38_143685_box7_Incident_Summaries_1-100
Agency: Department of War
Page 69
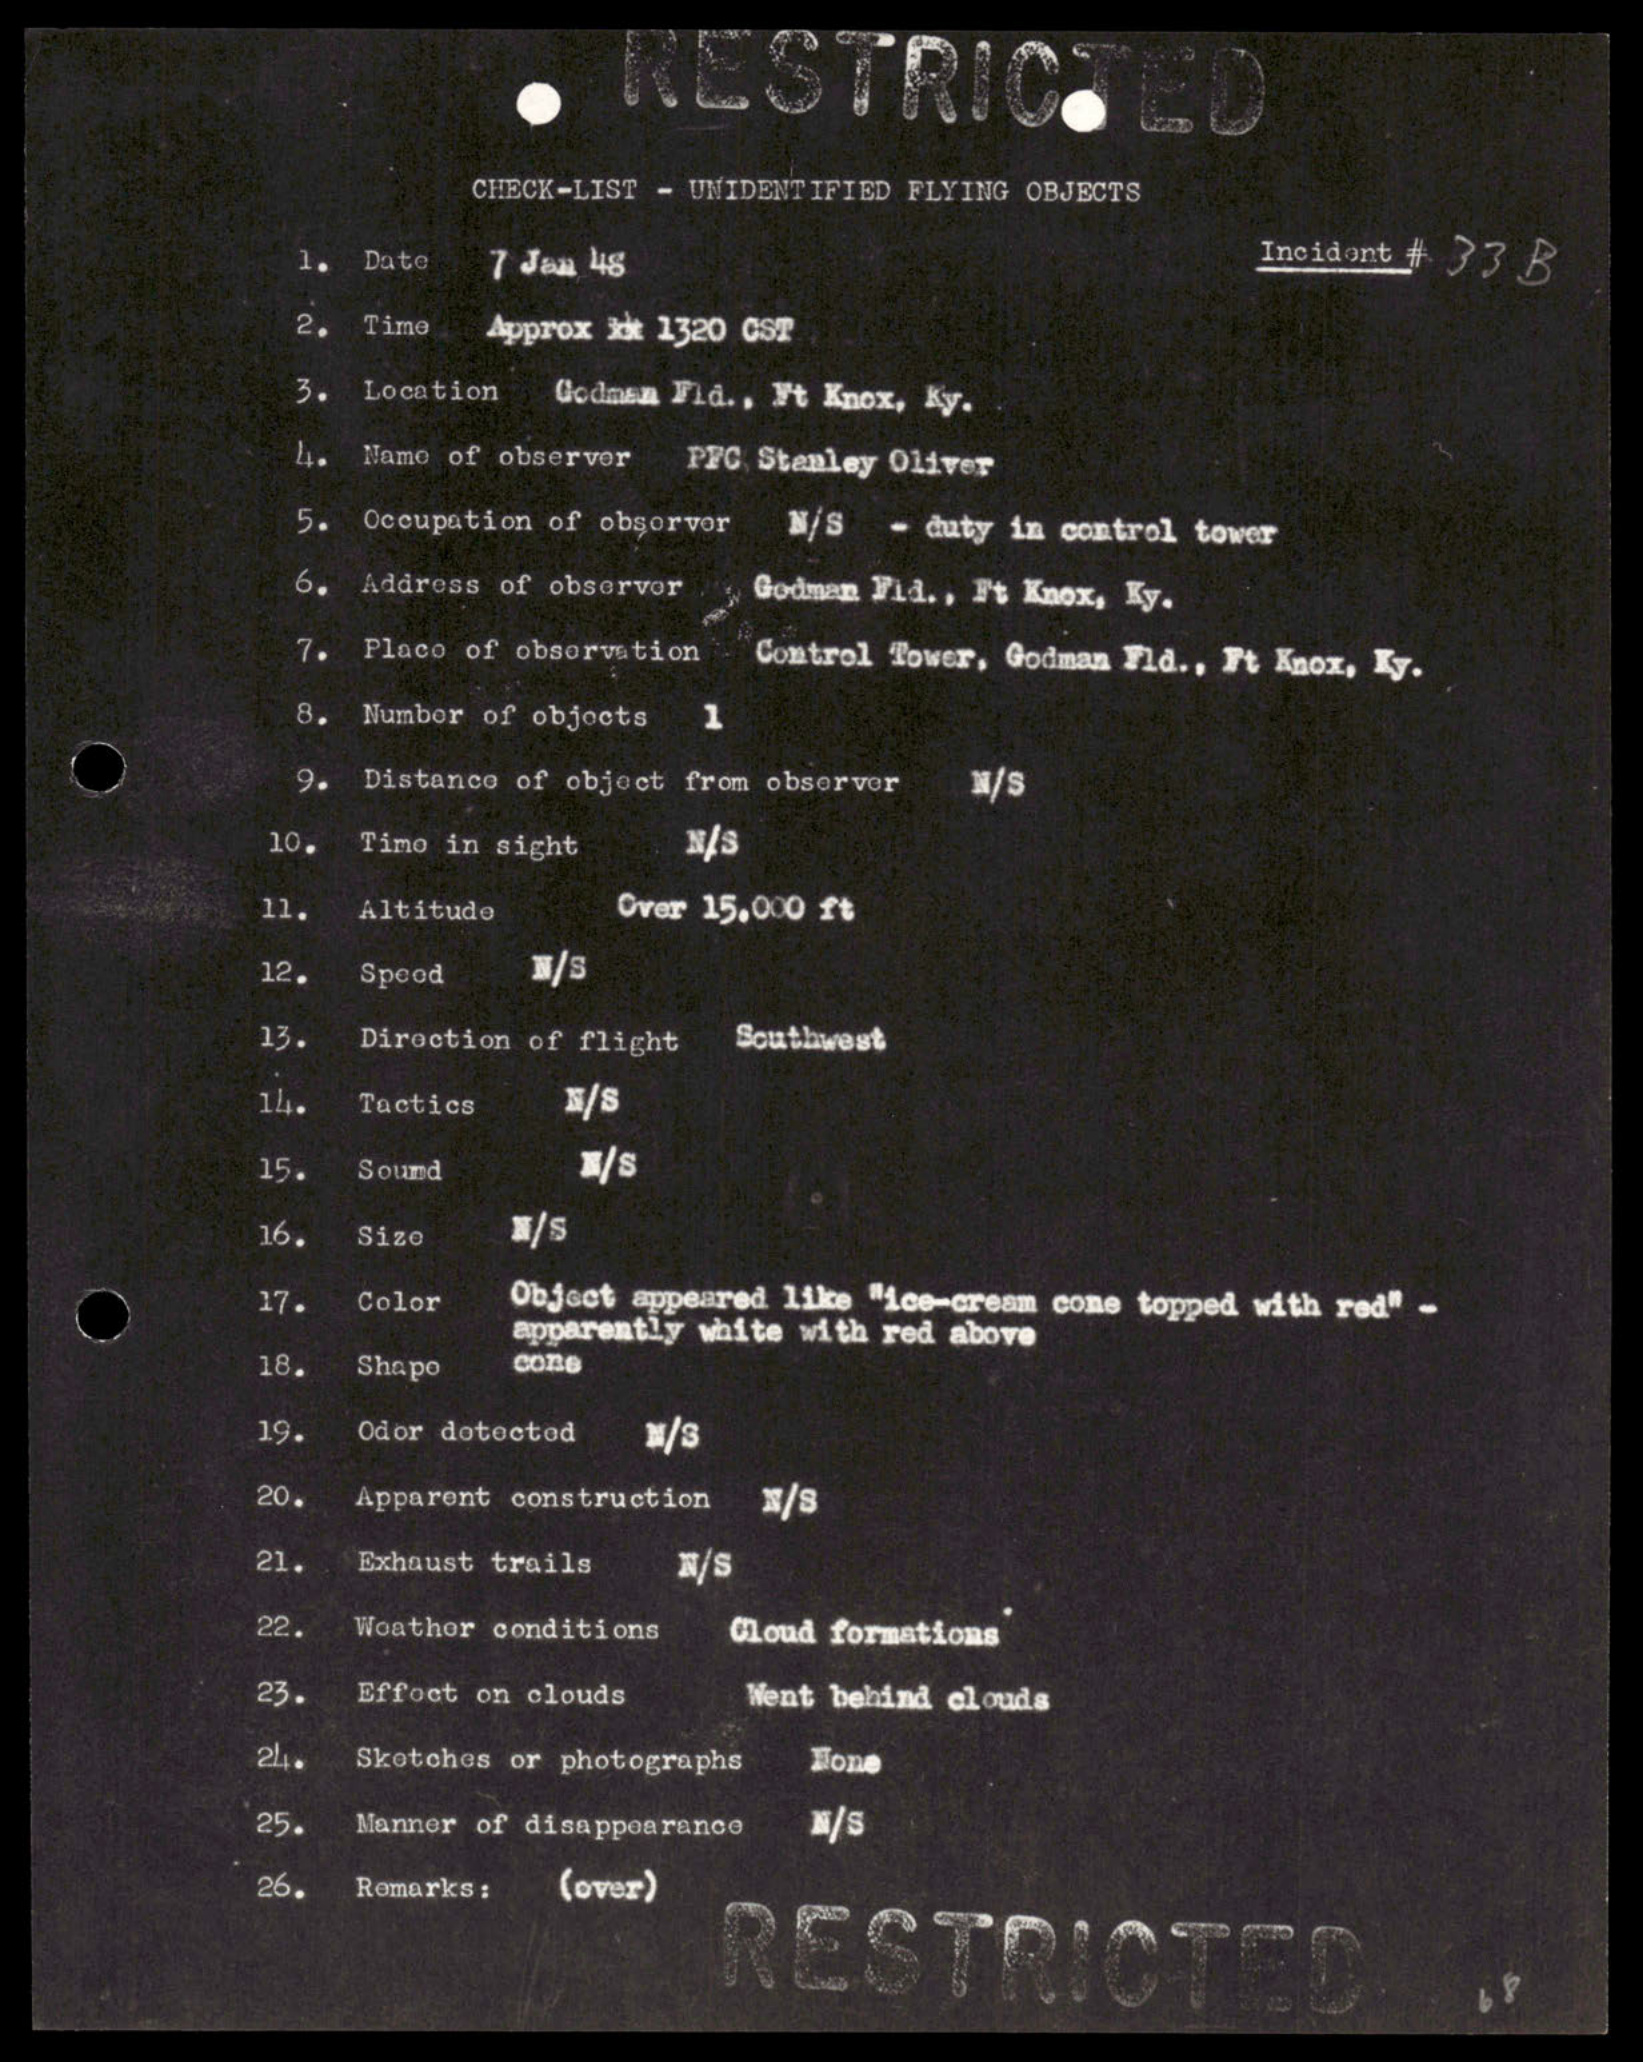